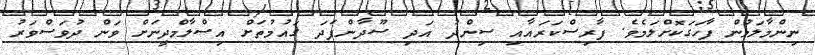
ނިންމާލަމުން ފާހަގަކޮށްލަމެވެ. ފާރިސްކަރައާއި ސިންދު އަދި ސޫދާންފަދަ ގައުމުތަށް އިސްލާމްދީނަށް ވަން ދުވަސްވަރު